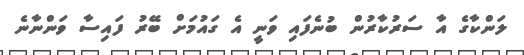
ލަންކާގެ އާ ސަރުކާރުން ބުނެފައި ވަނީ އެ ގައުމަށް ބޭރު ފައިސާ ވަންނާނެ